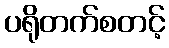
ပရိုတက်စတင့်